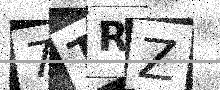
Text: 7TRZ